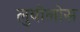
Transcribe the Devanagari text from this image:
लुबोलोस